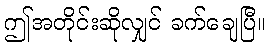
ဤအတိုင်းဆိုလျှင် ခက်ချေပြီ။